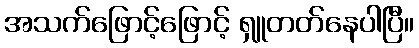
အသက်ဖြောင့်ဖြောင့် ရှူတတ်နေပါပြီ။